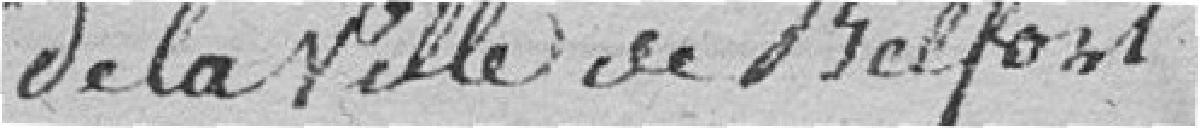
de la ville de Belfort